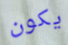
يكون